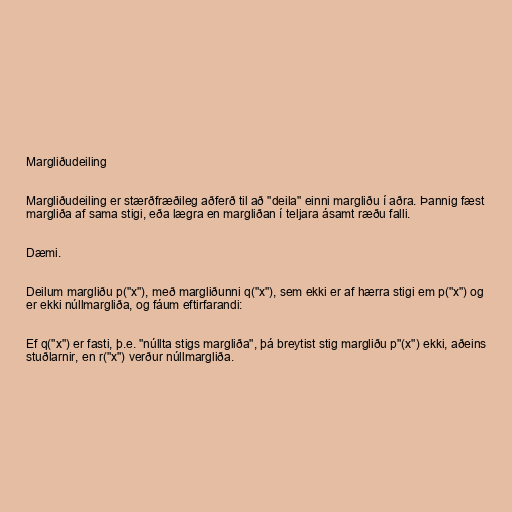
Margliðudeiling

Margliðudeiling er stærðfræðileg aðferð til að "deila" einni margliðu í aðra. Þannig fæst
margliða af sama stigi, eða lægra en margliðan í teljara ásamt ræðu falli.

Dæmi.

Deilum margliðu p("x"), með margliðunni q("x"), sem ekki er af hærra stigi em p("x") og
er ekki núllmargliða, og fáum eftirfarandi:

Ef q("x") er fasti, þ.e. "núllta stigs margliða", þá breytist stig margliðu p"(x") ekki, aðeins
stuðlarnir, en r("x") verður núllmargliða.